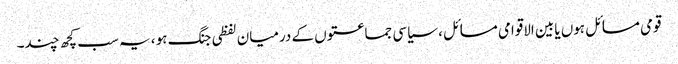
قومی مسائل ہوں یابین الاقوامی مسائل ، سیاسی جماعتوں کے درمیان لفظی جنگ ہو ، یہ سب کچھ چند۔